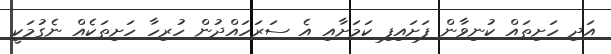
އަދި ހަށިތައް ކުނިވާން ފަށައިފި ކަމަށާއި އެ ސަރަހައްދުން ހުރިހާ ހަށިތަކެއް ނެގުމަކީ